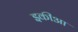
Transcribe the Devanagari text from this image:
इकीआ